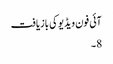
آئی فون ویڈیو کی بازیافت
8 ۔